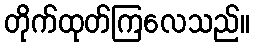
တိုက်ထုတ်ကြလေသည်။